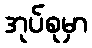
အုပ်စုမှာ